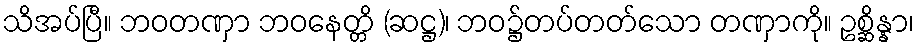
သိအပ်ပြီ။ ဘဝတဏှာ ဘဝနေတ္တိ (ဆဋ္ဌ)၊ ဘဝ၌တပ်တတ်သော တဏှာကို။ ဥစ္ဆိန္နာ၊